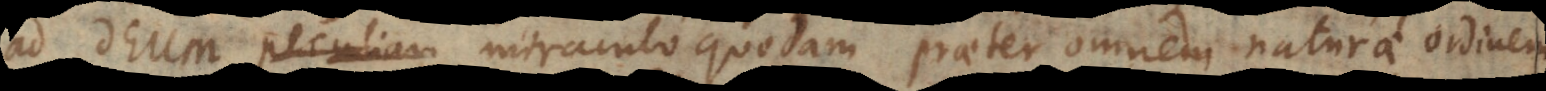
ad Deum peculiari miraculo quodam praeter omnem naturae ordinem